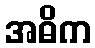
အဓိက